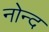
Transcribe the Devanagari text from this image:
नोन्द